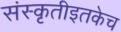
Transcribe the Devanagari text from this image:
संस्कृतीइतकेच